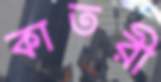
কাতরী